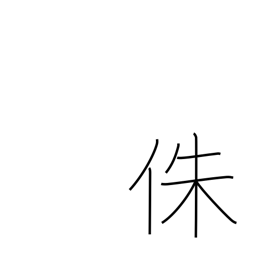
Meaning: supporting post